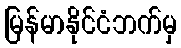
မြန်မာနိုင်ငံဘက်မှ